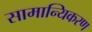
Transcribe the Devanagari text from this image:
सामान्यिकरण